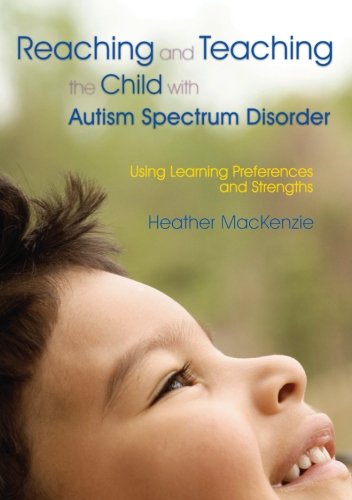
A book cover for Reaching and Teaching the Child with Autism Spectrum Disorder: Using Learning Preferences and Strengths; Heather Mackenzie; Health, Fitness & Dieting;